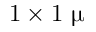
1 \times 1 ~ \upmu